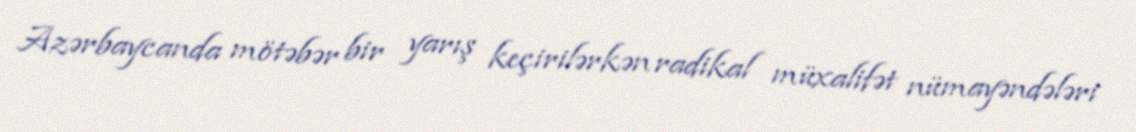
Azərbaycanda mötəbər bir yarış keçirilərkən radikal müxalifət nümayəndələri